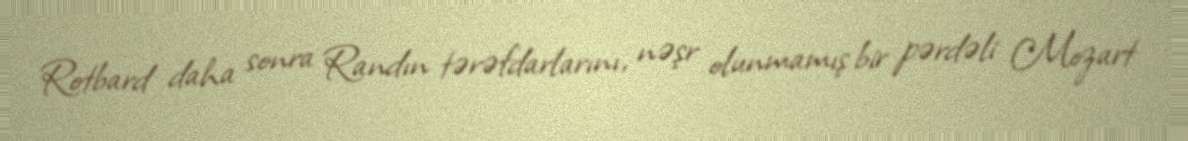
Rotbard daha sonra Randın tərəfdarlarını, nəşr olunmamış bir pərdəli Mozart